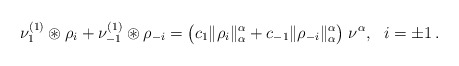
\begin{align*} \nu_1^{(1)}\circledast \rho_{i} + \nu_{-1}^{(1)}\circledast \rho_{-i} = \bigl( c_1\|\rho_{i}\|_\alpha^\alpha +c_{-1} \|\rho_{-i}\|_\alpha^\alpha\bigr)\;\nu^\alpha, \ \ i=\pm 1\,. \end{align*}